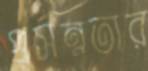
প্রসন্নতার